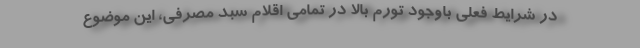
در شرایط فعلی باوجود تورم بالا در تمامی اقلام سبد مصرفی، این موضوع